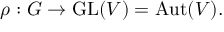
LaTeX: \rho : G \to { \mathrm { G L } } ( V ) = { \mathrm { A u t } } ( V ) .